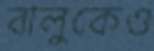
বালুকেও